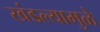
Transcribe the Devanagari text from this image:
खंडल्यामुळे